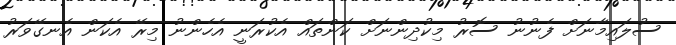
ސުލައިމާނަށް ފެނުނު ސޮރު މިކުދިންނަށް ކަންތައް އެކުރަނީ އެހެންނު މިރޭ އެކަން އެނގޭވަރު